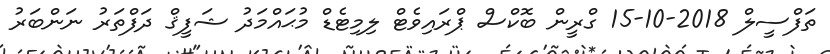
ތަފްސީލް 2018-10-15 ގްރީން ބޮކްސް ޕްރައިވެޓް ލިމިޓެޑް މުޙައްމަދު ޝަފީޤް ދަފްތަރު ނަންބަރު